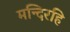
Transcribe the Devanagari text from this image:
मन्दिरहि